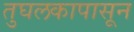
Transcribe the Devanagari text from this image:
तुघलकापासून